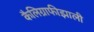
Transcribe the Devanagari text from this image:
कैलिग्राफीझाली